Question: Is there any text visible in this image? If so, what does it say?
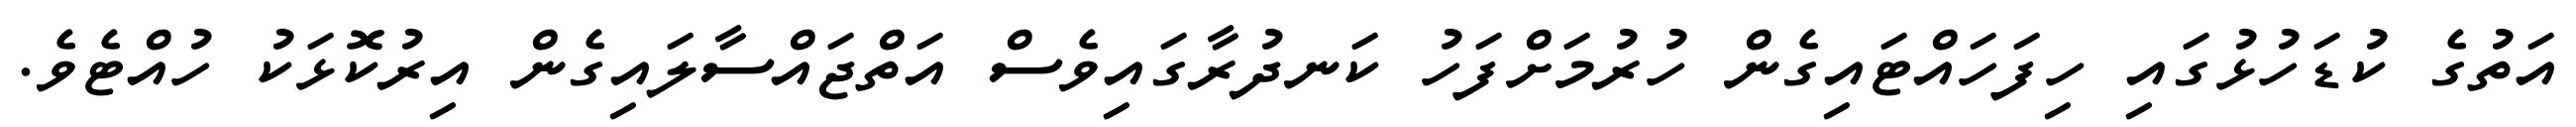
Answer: އަތުގެ ކުޑަހުޅުގައި ހިފަހައްޓައިގެން ހުރުމަށްފަހު ކަނދުރާގައިވެސް އަތްޖައްސާލައިގެން އިރުކޮޅަކު ހުއްޓެވެ.